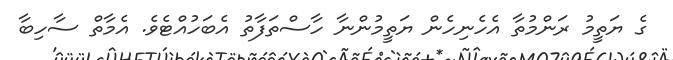
ގެ ޔަތީމު ރަންމުތާ އެހެނިހެން ޔަތީމުންނާ ހާސްތަފާތު އެބަހުއްޓެވެ. އެމާތް ސާހިބާ